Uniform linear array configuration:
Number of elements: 12
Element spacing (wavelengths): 0.5
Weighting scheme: cosine
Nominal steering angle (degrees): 15
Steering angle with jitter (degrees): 13.949
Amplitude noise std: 0.05
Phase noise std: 0.05

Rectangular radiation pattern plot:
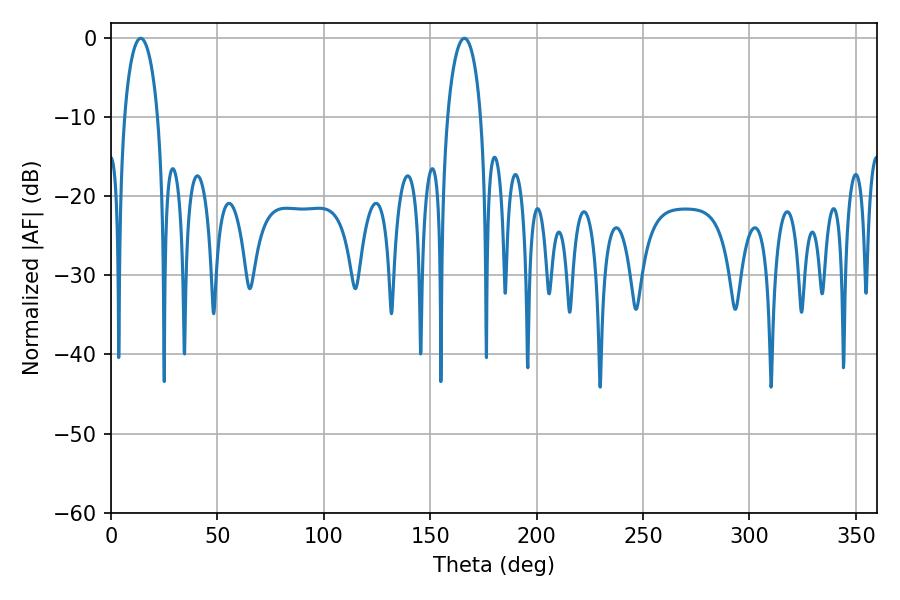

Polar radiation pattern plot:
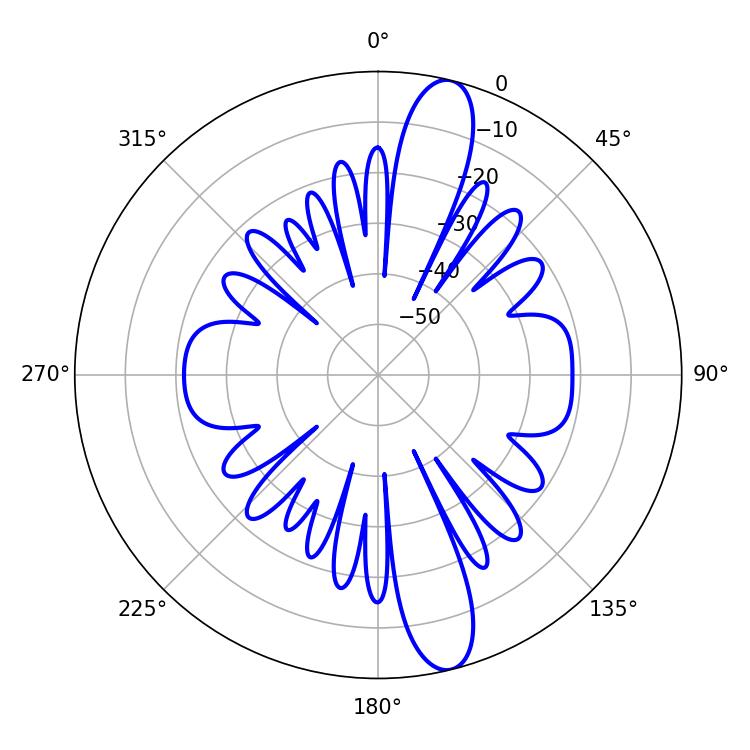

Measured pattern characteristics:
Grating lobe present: FALSE
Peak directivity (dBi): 13.801
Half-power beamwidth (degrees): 9
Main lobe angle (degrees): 14.04